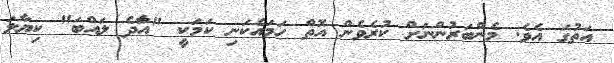
އަތުގަ އެވެ. މެންބަރުންނަށް ކުރެވެން އޮތް ހަމައެކަނި ކަމަކީ "އާަދެ ލައްބަ" ކިޔާލަ